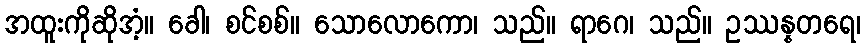
အထူးကိုဆိုအံ့။ ခေါ၊ စင်စစ်။ သောလောကော၊ သည်။ ရာဂေ၊ သည်။ ဥဿန္နတရေ၊